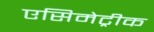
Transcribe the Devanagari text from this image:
एसिमेट्रीक